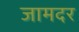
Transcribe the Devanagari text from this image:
जामदर